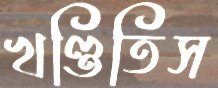
খণ্ডিতিস